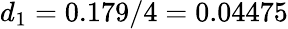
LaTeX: d_{1}=0.179/4=0.04475